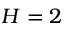
H = 2